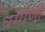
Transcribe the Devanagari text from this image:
धर्माणी